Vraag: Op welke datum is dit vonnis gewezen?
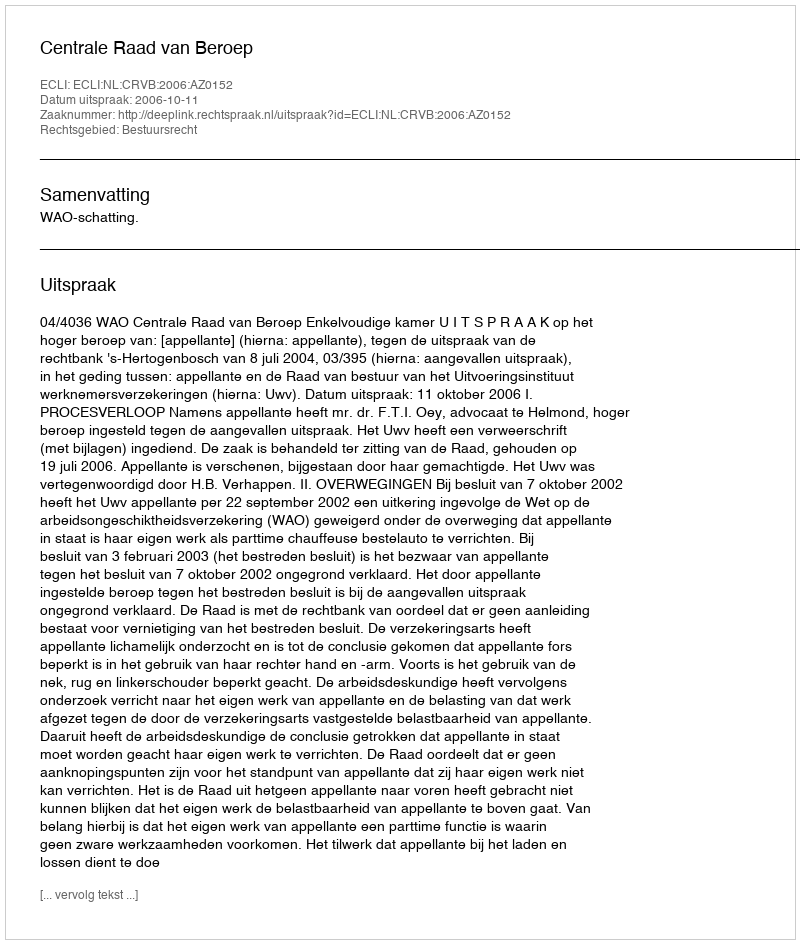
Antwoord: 2006-10-11